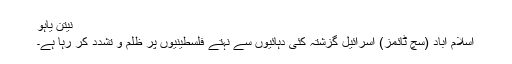
نیتن یاہو
اسلام آباد (سچ ٹائمز) اسرائیل گزشتہ کئی دہائیوں سے نہتے فلسطینیوں پر ظلم و تشدد کر رہا ہے۔